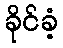
ခိုင်ခံ့